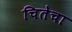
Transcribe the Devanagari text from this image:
चितेचा